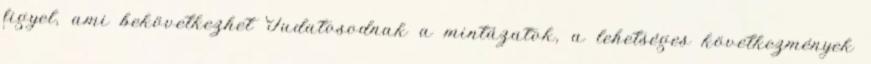
figyel, ami bekövetkezhet Tudatosodnak a mintázatok, a lehetséges következmények